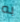
به